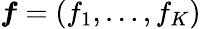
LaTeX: \boldsymbol{f}=(f_{1},\dots,f_{K})